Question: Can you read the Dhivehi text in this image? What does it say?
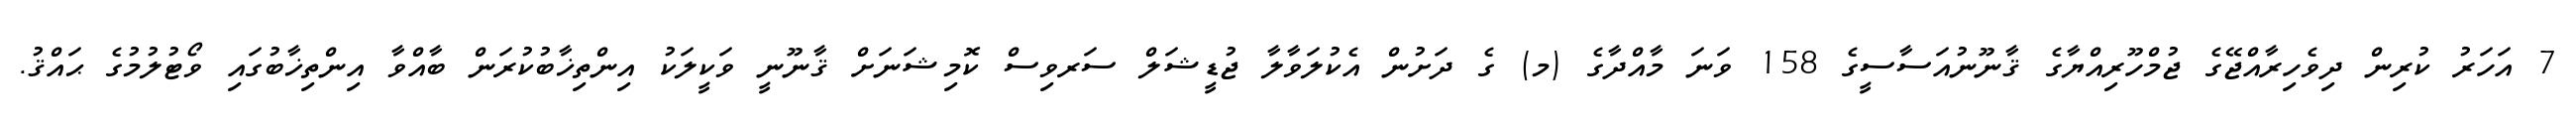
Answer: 7 އަހަރު ކުރިން ދިވެހިރާއްޖޭގެ ޖުމްހޫރިއްޔާގެ ޤާނޫނުއަސާސީގެ 158 ވަނަ މާއްދާގެ (މ) ގެ ދަށުން އެކުލަވާލާ ޖުޑީޝަލް ސަރވިސް ކޮމިޝަނަށް ޤާނޫނީ ވަކީލަކު އިންތިޚާބުކުރަން ބާއްވާ އިންތިޚާބުގައި ވޯޓުލުމުގެ ޙައްޤު.